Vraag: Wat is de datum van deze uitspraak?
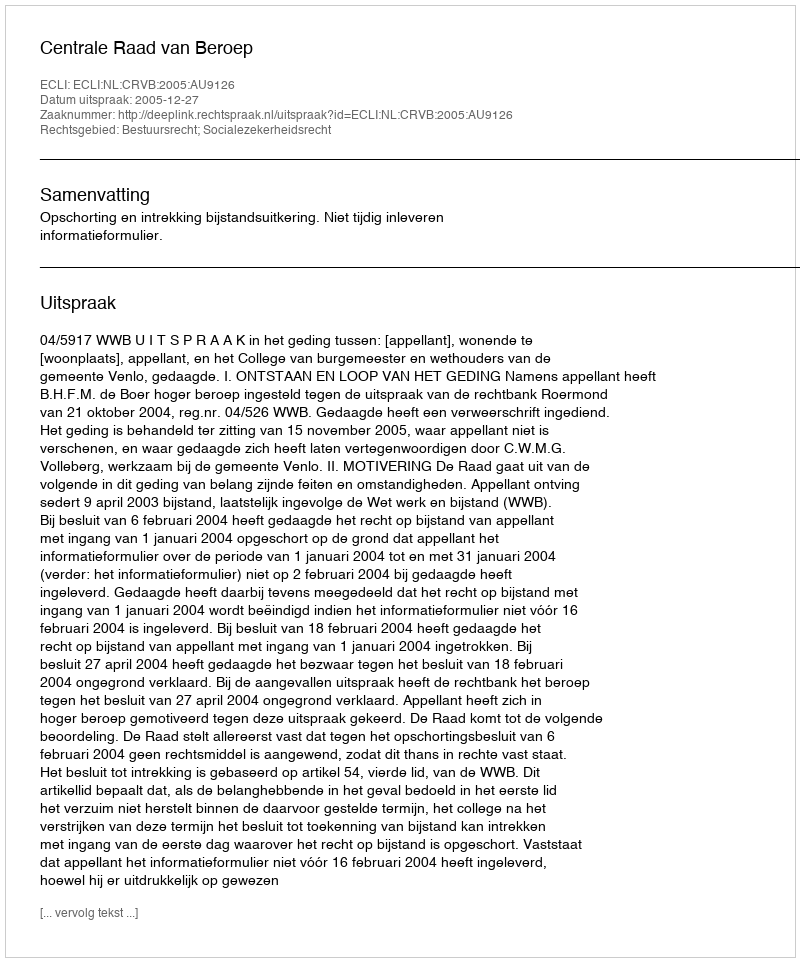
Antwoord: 2005-12-27